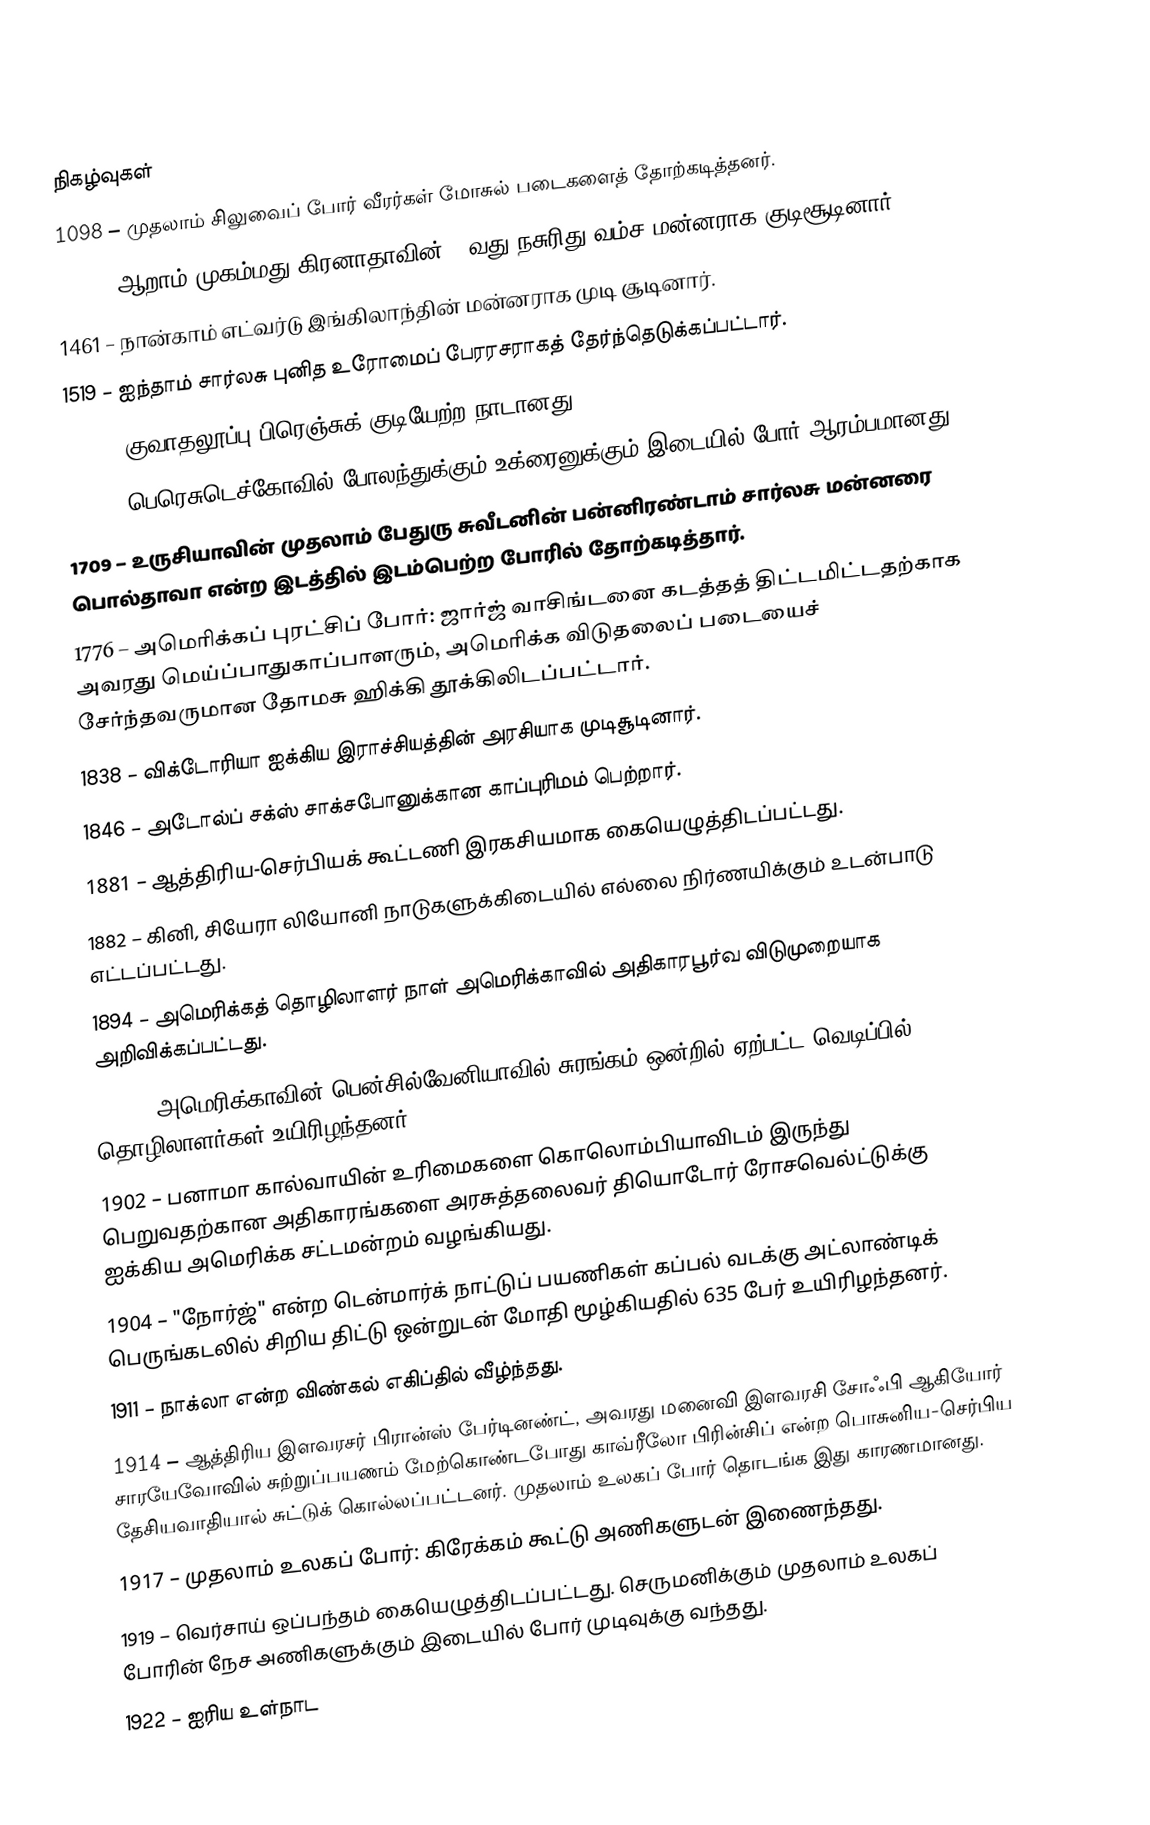

நிகழ்வுகள்
1098 – முதலாம் சிலுவைப் போர் வீரர்கள் மோசுல் படைகளைத் தோற்கடித்தனர்.
1360 – ஆறாம் முகம்மது கிரனாதாவின் 10வது நசுரிது வம்ச மன்னராக குடிசூடினார்.
1461 – நான்காம் எட்வர்டு இங்கிலாந்தின் மன்னராக முடி சூடினார்.
1519 – ஐந்தாம் சார்லசு புனித உரோமைப் பேரரசராகத் தேர்ந்தெடுக்கப்பட்டார்.
1635 – குவாதலூப்பு பிரெஞ்சுக் குடியேற்ற நாடானது.
1651 – பெரெசுடெச்கோவில் போலந்துக்கும் உக்ரைனுக்கும் இடையில் போர் ஆரம்பமானது.
1709 – உருசியாவின் முதலாம் பேதுரு சுவீடனின் பன்னிரண்டாம் சார்லசு மன்னரை பொல்தாவா என்ற இடத்தில் இடம்பெற்ற போரில் தோற்கடித்தார்.
1776 – அமெரிக்கப் புரட்சிப் போர்: ஜார்ஜ் வாசிங்டனை கடத்தத் திட்டமிட்டதற்காக அவரது மெய்ப்பாதுகாப்பாளரும், அமெரிக்க விடுதலைப் படையைச் சேர்ந்தவருமான தோமசு ஹிக்கி தூக்கிலிடப்பட்டார்.
1838 – விக்டோரியா ஐக்கிய இராச்சியத்தின் அரசியாக முடிசூடினார்.
1846 – அடோல்ப் சக்ஸ் சாக்சபோனுக்கான காப்புரிமம் பெற்றார்.
1881 – ஆத்திரிய-செர்பியக் கூட்டணி இரகசியமாக கையெழுத்திடப்பட்டது.
1882 – கினி, சியேரா லியோனி நாடுகளுக்கிடையில் எல்லை நிர்ணயிக்கும் உடன்பாடு எட்டப்பட்டது.
1894 – அமெரிக்கத் தொழிலாளர் நாள் அமெரிக்காவில் அதிகாரபூர்வ விடுமுறையாக அறிவிக்கப்பட்டது.
1896 – அமெரிக்காவின் பென்சில்வேனியாவில் சுரங்கம் ஒன்றில் ஏற்பட்ட வெடிப்பில் 58 தொழிலாளர்கள் உயிரிழந்தனர்.
1902 – பனாமா கால்வாயின் உரிமைகளை கொலொம்பியாவிடம் இருந்து பெறுவதற்கான அதிகாரங்களை அரசுத்தலைவர் தியொடோர் ரோசவெல்ட்டுக்கு ஐக்கிய அமெரிக்க சட்டமன்றம் வழங்கியது.
1904 – "நோர்ஜ்" என்ற டென்மார்க் நாட்டுப் பயணிகள் கப்பல் வடக்கு அட்லாண்டிக் பெருங்கடலில் சிறிய திட்டு ஒன்றுடன் மோதி மூழ்கியதில் 635 பேர் உயிரிழந்தனர்.
1911 – நாக்லா என்ற விண்கல் எகிப்தில் வீழ்ந்தது.
1914 – ஆத்திரிய இளவரசர் பிரான்ஸ் பேர்டினண்ட், அவரது மனைவி இளவரசி சோஃபி ஆகியோர் சாரயேவோவில் சுற்றுப்பயணம் மேற்கொண்டபோது காவ்ரீலோ பிரின்சிப் என்ற பொசுனிய-செர்பிய தேசியவாதியால் சுட்டுக் கொல்லப்பட்டனர். முதலாம் உலகப் போர் தொடங்க இது காரணமானது.
1917 – முதலாம் உலகப் போர்: கிரேக்கம் கூட்டு அணிகளுடன் இணைந்தது.
1919 – வெர்சாய் ஒப்பந்தம் கையெழுத்திடப்பட்டது. செருமனிக்கும் முதலாம் உலகப் போரின் நேச அணிகளுக்கும் இடையில் போர் முடிவுக்கு வந்தது.
1922 – ஐரிய உள்நாட